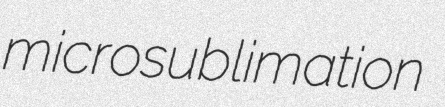
microsublimation